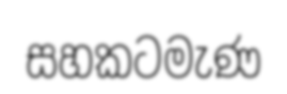
සහකටමැණ